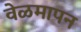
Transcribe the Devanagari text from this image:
वेळमापन